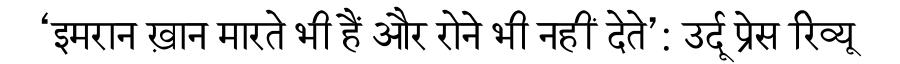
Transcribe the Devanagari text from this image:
‘इमरान ख़ान मारते भी हैं और रोने भी नहीं देते’: उर्दू प्रेस रिव्यू